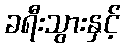
ခရီးသွားနှင့်